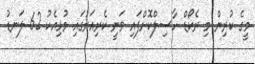
މީގެ ކުރިން މި ރެކޯޑް ހާސިލްކޮށްފައި ވަނީ ކެރިއަރުގައި މުޅިއެކު 62 ލަނޑު